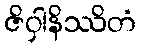
ဇိဝှါနိဿိတံ